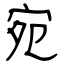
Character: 宛